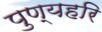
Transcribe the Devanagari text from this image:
पुण्यहरि